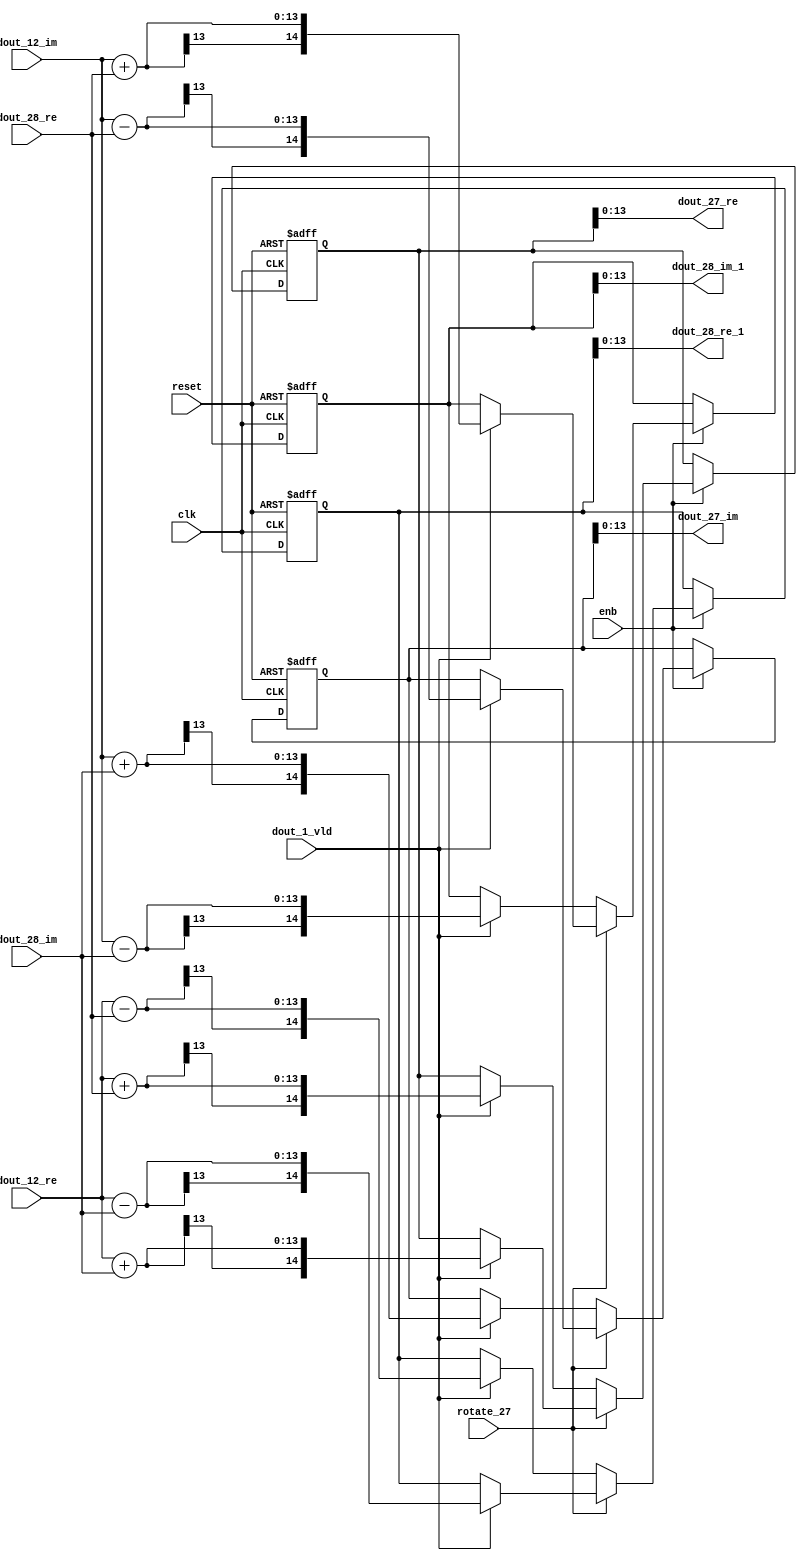
// -------------------------------------------------------------
// 
// 
// Generated by MATLAB 9.14 and HDL Coder 4.1
// 
// -------------------------------------------------------------


// -------------------------------------------------------------
// 
// Module: RADIX22FFT_SDNF2_2_block12
// Source Path: RSP/RSP/Velocity Processor/Doppler Processing/Doppler Processor/FFT/RADIX22FFT_SDNF2_2
// Hierarchy Level: 5
// 
// -------------------------------------------------------------

`timescale 1 ns / 1 ns

module RADIX22FFT_SDNF2_2_block12
          (clk,
           reset,
           enb,
           rotate_27,
           dout_12_re,
           dout_12_im,
           dout_28_re,
           dout_28_im,
           dout_1_vld,
           dout_27_re,
           dout_27_im,
           dout_28_re_1,
           dout_28_im_1);


  input   clk;
  input   reset;
  input   enb;
  input   rotate_27;  // ufix1
  input   signed [12:0] dout_12_re;  // sfix13_En10
  input   signed [12:0] dout_12_im;  // sfix13_En10
  input   signed [12:0] dout_28_re;  // sfix13_En10
  input   signed [12:0] dout_28_im;  // sfix13_En10
  input   dout_1_vld;
  output  signed [13:0] dout_27_re;  // sfix14_En10
  output  signed [13:0] dout_27_im;  // sfix14_En10
  output  signed [13:0] dout_28_re_1;  // sfix14_En10
  output  signed [13:0] dout_28_im_1;  // sfix14_En10


  wire signed [13:0] din1_re;  // sfix14_En10
  wire signed [13:0] din1_im;  // sfix14_En10
  wire signed [13:0] din2_re;  // sfix14_En10
  wire signed [13:0] din2_im;  // sfix14_En10
  reg  Radix22ButterflyG2_NF_din_vld_dly;
  reg signed [14:0] Radix22ButterflyG2_NF_btf1_re_reg;  // sfix15
  reg signed [14:0] Radix22ButterflyG2_NF_btf1_im_reg;  // sfix15
  reg signed [14:0] Radix22ButterflyG2_NF_btf2_re_reg;  // sfix15
  reg signed [14:0] Radix22ButterflyG2_NF_btf2_im_reg;  // sfix15
  reg  Radix22ButterflyG2_NF_din_vld_dly_next;
  reg signed [14:0] Radix22ButterflyG2_NF_btf1_re_reg_next;  // sfix15_En10
  reg signed [14:0] Radix22ButterflyG2_NF_btf1_im_reg_next;  // sfix15_En10
  reg signed [14:0] Radix22ButterflyG2_NF_btf2_re_reg_next;  // sfix15_En10
  reg signed [14:0] Radix22ButterflyG2_NF_btf2_im_reg_next;  // sfix15_En10
  reg signed [13:0] dout_27_re_1;  // sfix14_En10
  reg signed [13:0] dout_27_im_1;  // sfix14_En10
  reg signed [13:0] dout_28_re_2;  // sfix14_En10
  reg signed [13:0] dout_28_im_2;  // sfix14_En10
  reg  dout_2_vld;
  reg signed [14:0] Radix22ButterflyG2_NF_add_cast;  // sfix15_En10
  reg signed [14:0] Radix22ButterflyG2_NF_add_cast_0;  // sfix15_En10
  reg signed [14:0] Radix22ButterflyG2_NF_add_cast_1;  // sfix15_En10
  reg signed [14:0] Radix22ButterflyG2_NF_add_cast_2;  // sfix15_En10
  reg signed [14:0] Radix22ButterflyG2_NF_sub_cast;  // sfix15_En10
  reg signed [14:0] Radix22ButterflyG2_NF_sub_cast_0;  // sfix15_En10
  reg signed [14:0] Radix22ButterflyG2_NF_sub_cast_1;  // sfix15_En10
  reg signed [14:0] Radix22ButterflyG2_NF_sub_cast_2;  // sfix15_En10
  reg signed [14:0] Radix22ButterflyG2_NF_add_cast_3;  // sfix15_En10
  reg signed [14:0] Radix22ButterflyG2_NF_add_cast_4;  // sfix15_En10
  reg signed [14:0] Radix22ButterflyG2_NF_add_cast_5;  // sfix15_En10
  reg signed [14:0] Radix22ButterflyG2_NF_add_cast_6;  // sfix15_En10
  reg signed [14:0] Radix22ButterflyG2_NF_sub_cast_3;  // sfix15_En10
  reg signed [14:0] Radix22ButterflyG2_NF_sub_cast_4;  // sfix15_En10
  reg signed [14:0] Radix22ButterflyG2_NF_sub_cast_5;  // sfix15_En10
  reg signed [14:0] Radix22ButterflyG2_NF_sub_cast_6;  // sfix15_En10


  assign din1_re = {dout_12_re[12], dout_12_re};



  assign din1_im = {dout_12_im[12], dout_12_im};



  assign din2_re = {dout_28_re[12], dout_28_re};



  assign din2_im = {dout_28_im[12], dout_28_im};



  // Radix22ButterflyG2_NF
  always @(posedge clk or posedge reset)
    begin : Radix22ButterflyG2_NF_process
      if (reset == 1'b1) begin
        Radix22ButterflyG2_NF_din_vld_dly <= 1'b0;
        Radix22ButterflyG2_NF_btf1_re_reg <= 15'sb000000000000000;
        Radix22ButterflyG2_NF_btf1_im_reg <= 15'sb000000000000000;
        Radix22ButterflyG2_NF_btf2_re_reg <= 15'sb000000000000000;
        Radix22ButterflyG2_NF_btf2_im_reg <= 15'sb000000000000000;
      end
      else begin
        if (enb) begin
          Radix22ButterflyG2_NF_din_vld_dly <= Radix22ButterflyG2_NF_din_vld_dly_next;
          Radix22ButterflyG2_NF_btf1_re_reg <= Radix22ButterflyG2_NF_btf1_re_reg_next;
          Radix22ButterflyG2_NF_btf1_im_reg <= Radix22ButterflyG2_NF_btf1_im_reg_next;
          Radix22ButterflyG2_NF_btf2_re_reg <= Radix22ButterflyG2_NF_btf2_re_reg_next;
          Radix22ButterflyG2_NF_btf2_im_reg <= Radix22ButterflyG2_NF_btf2_im_reg_next;
        end
      end
    end

  always @(Radix22ButterflyG2_NF_btf1_im_reg, Radix22ButterflyG2_NF_btf1_re_reg,
       Radix22ButterflyG2_NF_btf2_im_reg, Radix22ButterflyG2_NF_btf2_re_reg,
       Radix22ButterflyG2_NF_din_vld_dly, din1_im, din1_re, din2_im, din2_re,
       dout_1_vld, rotate_27) begin
    Radix22ButterflyG2_NF_add_cast_1 = 15'sb000000000000000;
    Radix22ButterflyG2_NF_add_cast_2 = 15'sb000000000000000;
    Radix22ButterflyG2_NF_sub_cast_1 = 15'sb000000000000000;
    Radix22ButterflyG2_NF_sub_cast_2 = 15'sb000000000000000;
    Radix22ButterflyG2_NF_add_cast_5 = 15'sb000000000000000;
    Radix22ButterflyG2_NF_add_cast_6 = 15'sb000000000000000;
    Radix22ButterflyG2_NF_sub_cast_5 = 15'sb000000000000000;
    Radix22ButterflyG2_NF_sub_cast_6 = 15'sb000000000000000;
    Radix22ButterflyG2_NF_add_cast = 15'sb000000000000000;
    Radix22ButterflyG2_NF_add_cast_0 = 15'sb000000000000000;
    Radix22ButterflyG2_NF_sub_cast = 15'sb000000000000000;
    Radix22ButterflyG2_NF_sub_cast_0 = 15'sb000000000000000;
    Radix22ButterflyG2_NF_add_cast_3 = 15'sb000000000000000;
    Radix22ButterflyG2_NF_add_cast_4 = 15'sb000000000000000;
    Radix22ButterflyG2_NF_sub_cast_3 = 15'sb000000000000000;
    Radix22ButterflyG2_NF_sub_cast_4 = 15'sb000000000000000;
    Radix22ButterflyG2_NF_btf1_re_reg_next = Radix22ButterflyG2_NF_btf1_re_reg;
    Radix22ButterflyG2_NF_btf1_im_reg_next = Radix22ButterflyG2_NF_btf1_im_reg;
    Radix22ButterflyG2_NF_btf2_re_reg_next = Radix22ButterflyG2_NF_btf2_re_reg;
    Radix22ButterflyG2_NF_btf2_im_reg_next = Radix22ButterflyG2_NF_btf2_im_reg;
    Radix22ButterflyG2_NF_din_vld_dly_next = dout_1_vld;
    if (rotate_27 != 1'b0) begin
      if (dout_1_vld) begin
        Radix22ButterflyG2_NF_add_cast_1 = {din1_re[13], din1_re};
        Radix22ButterflyG2_NF_add_cast_2 = {din2_im[13], din2_im};
        Radix22ButterflyG2_NF_btf1_re_reg_next = Radix22ButterflyG2_NF_add_cast_1 + Radix22ButterflyG2_NF_add_cast_2;
        Radix22ButterflyG2_NF_sub_cast_1 = {din1_re[13], din1_re};
        Radix22ButterflyG2_NF_sub_cast_2 = {din2_im[13], din2_im};
        Radix22ButterflyG2_NF_btf2_re_reg_next = Radix22ButterflyG2_NF_sub_cast_1 - Radix22ButterflyG2_NF_sub_cast_2;
        Radix22ButterflyG2_NF_add_cast_5 = {din1_im[13], din1_im};
        Radix22ButterflyG2_NF_add_cast_6 = {din2_re[13], din2_re};
        Radix22ButterflyG2_NF_btf2_im_reg_next = Radix22ButterflyG2_NF_add_cast_5 + Radix22ButterflyG2_NF_add_cast_6;
        Radix22ButterflyG2_NF_sub_cast_5 = {din1_im[13], din1_im};
        Radix22ButterflyG2_NF_sub_cast_6 = {din2_re[13], din2_re};
        Radix22ButterflyG2_NF_btf1_im_reg_next = Radix22ButterflyG2_NF_sub_cast_5 - Radix22ButterflyG2_NF_sub_cast_6;
      end
    end
    else if (dout_1_vld) begin
      Radix22ButterflyG2_NF_add_cast = {din1_re[13], din1_re};
      Radix22ButterflyG2_NF_add_cast_0 = {din2_re[13], din2_re};
      Radix22ButterflyG2_NF_btf1_re_reg_next = Radix22ButterflyG2_NF_add_cast + Radix22ButterflyG2_NF_add_cast_0;
      Radix22ButterflyG2_NF_sub_cast = {din1_re[13], din1_re};
      Radix22ButterflyG2_NF_sub_cast_0 = {din2_re[13], din2_re};
      Radix22ButterflyG2_NF_btf2_re_reg_next = Radix22ButterflyG2_NF_sub_cast - Radix22ButterflyG2_NF_sub_cast_0;
      Radix22ButterflyG2_NF_add_cast_3 = {din1_im[13], din1_im};
      Radix22ButterflyG2_NF_add_cast_4 = {din2_im[13], din2_im};
      Radix22ButterflyG2_NF_btf1_im_reg_next = Radix22ButterflyG2_NF_add_cast_3 + Radix22ButterflyG2_NF_add_cast_4;
      Radix22ButterflyG2_NF_sub_cast_3 = {din1_im[13], din1_im};
      Radix22ButterflyG2_NF_sub_cast_4 = {din2_im[13], din2_im};
      Radix22ButterflyG2_NF_btf2_im_reg_next = Radix22ButterflyG2_NF_sub_cast_3 - Radix22ButterflyG2_NF_sub_cast_4;
    end
    dout_27_re_1 = Radix22ButterflyG2_NF_btf1_re_reg[13:0];
    dout_27_im_1 = Radix22ButterflyG2_NF_btf1_im_reg[13:0];
    dout_28_re_2 = Radix22ButterflyG2_NF_btf2_re_reg[13:0];
    dout_28_im_2 = Radix22ButterflyG2_NF_btf2_im_reg[13:0];
    dout_2_vld = Radix22ButterflyG2_NF_din_vld_dly;
  end



  assign dout_27_re = dout_27_re_1;

  assign dout_27_im = dout_27_im_1;

  assign dout_28_re_1 = dout_28_re_2;

  assign dout_28_im_1 = dout_28_im_2;

endmodule  // RADIX22FFT_SDNF2_2_block12